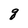
Character: q